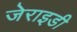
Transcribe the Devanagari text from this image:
जेराइडी